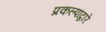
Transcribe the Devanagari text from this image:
प्रकल्पांद्वारे